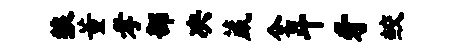
狼董孝部决葳全斗牙鲛